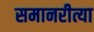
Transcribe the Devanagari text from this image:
समानरीत्या